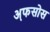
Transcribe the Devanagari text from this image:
अ़फसोस